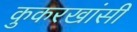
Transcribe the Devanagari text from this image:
कुकरखांसी